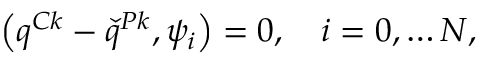
\left( q ^ { C k } - \check { q } ^ { P k } , \psi _ { i } \right) = 0 , \quad i = 0 , \ldots N ,